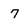
Character: 7